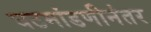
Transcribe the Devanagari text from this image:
घटमांडणीनंतर